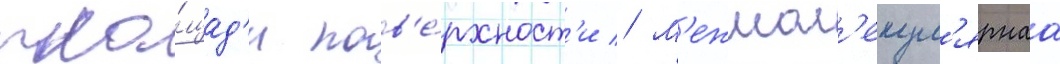
пло́щад'и пов'е́рхност'и // М'ежмол'екул'ярнаа